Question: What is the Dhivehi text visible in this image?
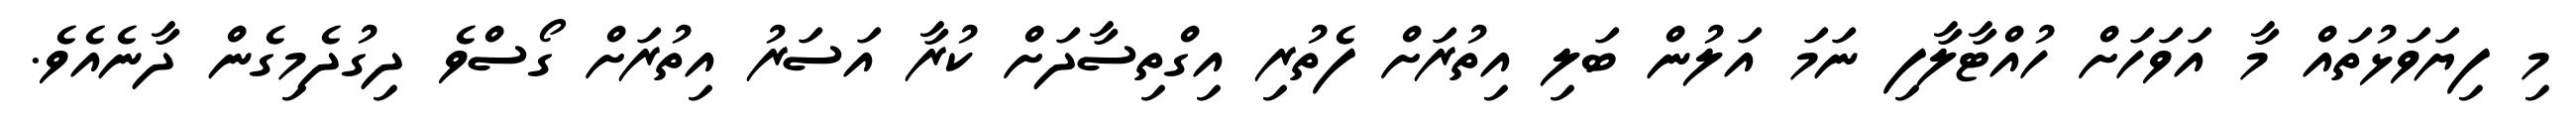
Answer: މި ފިޔަވަޅުތައް މާ އަވަހަށް ހުއްޓާލާފި ނަމަ އަލުން ބަލި އިތުރަށް ފެތުރި އިގްތިސާދަށް ކުރާ އަސަރު އިތުރަށް ގޯސްވެ ދިގުދެމިގެން ދާނެއެވެ.